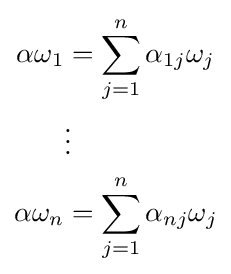
{\begin{aligned}\alpha \omega _{1}&=\sum _{j=1}^{n}\alpha _{1j}\omega _{j}\\&\vdots \\\alpha \omega _{n}&=\sum _{j=1}^{n}\alpha _{nj}\omega _{j}\end{aligned}}